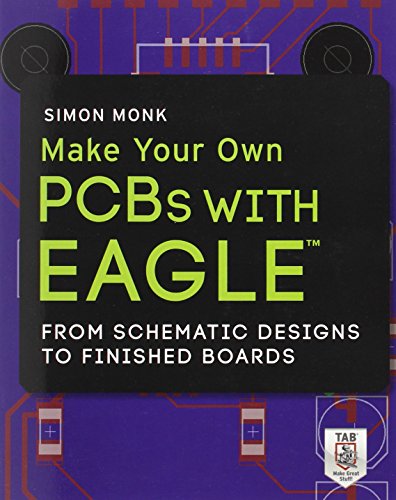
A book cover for Make Your Own PCBs with EAGLE: From Schematic Designs to Finished Boards; Simon Monk; Science & Math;